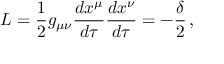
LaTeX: { \cal { L } } = \frac { 1 } { 2 } g _ { \mu \nu } \frac { d x ^ { \mu } } { d \tau } \frac { d x ^ { \nu } } { d \tau } = - \frac { \delta } { 2 } \, ,